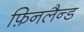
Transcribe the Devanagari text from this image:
फ़िनलैन्ड